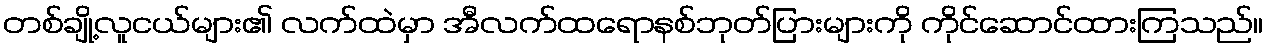
တစ်ချို့လူငယ်များ၏ လက်ထဲမှာ အီလက်ထရောနစ်ဘုတ်ပြားများကို ကိုင်ဆောင်ထားကြသည်။